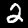
Digit: 2